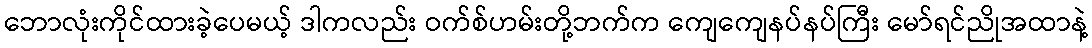
ဘောလုံးကိုင်ထားခဲ့ပေမယ့် ဒါကလည်း ဝက်စ်ဟမ်းတို့ဘက်က ကျေကျေနပ်နပ်ကြီး မော်ရင်ညိုအထာနဲ့